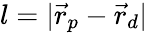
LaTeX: l=|\vec{r}_{p}-\vec{r}_{d}|